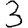
Digit: 3